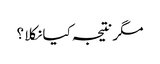
مگر نتیجہ کیا نکلا ؟